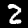
Digit: 2